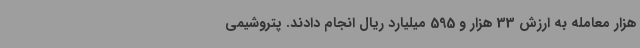
هزار معامله به ارزش 33 هزار و 595 میلیارد ریال انجام دادند. پتروشیمی